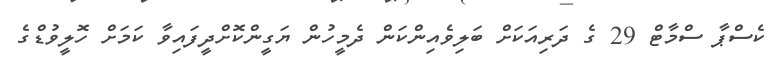
ކެސްޕާ ސްމާޓް 29 ގެ ދަރިއަކަށް ބަލިވެއިންކަން ދެމީހުން ޔަގީންކޮށްދީފައިވާ ކަމަށް ހޮލީވުޑްގެ